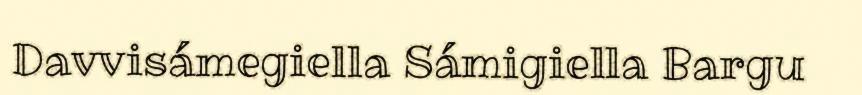
Davvisámegiella Sámigiella Bargu